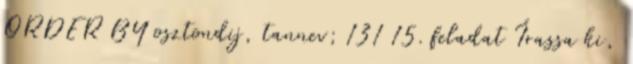
ORDER BY osztondij, tannev; 131 15. feladat Írassa ki,